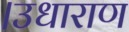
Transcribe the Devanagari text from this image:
।उधाराण